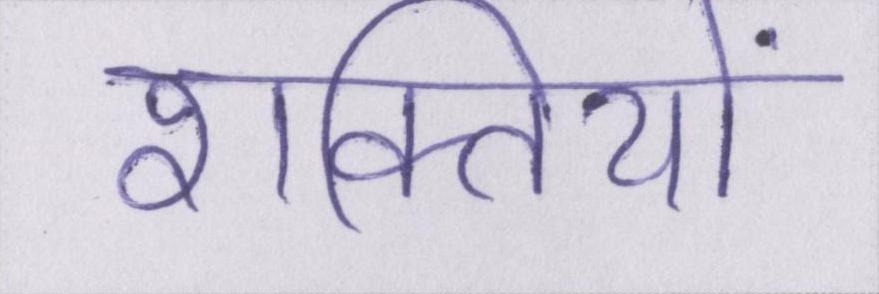
शक्तियों